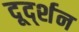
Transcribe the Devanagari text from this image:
दूर्द्शन